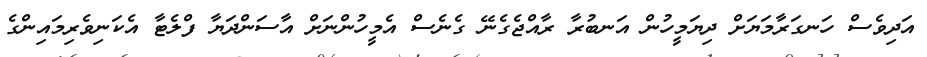
އަދިވެސް ހަނގަރާމަޔަށް ދިޔަމީހުން އަނބުރާ ރާއްޖެގެނޭ ގެނެސް އެމީހުންނަށް އާސަންދަޔާ ފްލެޓާ އެކަނިވެރިމައިންގެ